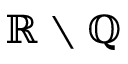
\mathbb { R } \setminus \mathbb { Q }